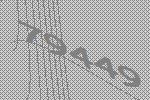
79449